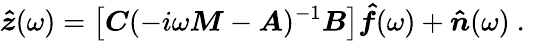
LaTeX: \boldsymbol{\hat{z}}(\omega)=\left[\boldsymbol{C}(-i\omega\boldsymbol{M}-\boldsymbol{A})^{-1}\boldsymbol{B}\right]\boldsymbol{\hat{f}}(\omega)+\boldsymbol{\hat{n}}(\omega)\mathrm{~.~}